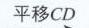
平移\(CD\)